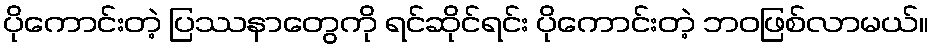
ပိုကောင်းတဲ့ ပြဿနာတွေကို ရင်ဆိုင်ရင်း ပိုကောင်းတဲ့ ဘဝဖြစ်လာမယ်။